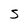
Character: S